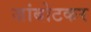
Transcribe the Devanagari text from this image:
जांबोटकर